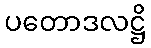
ပတောဒလဋ္ဌိ